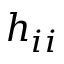
h _ { i i }